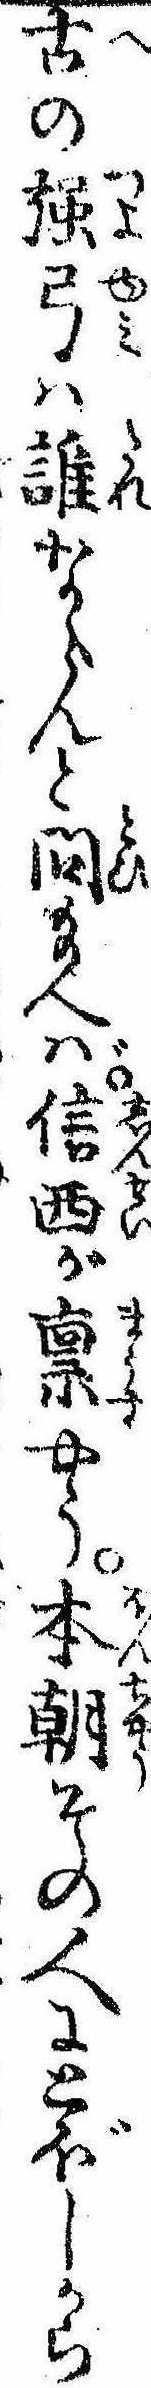
古の強弓は誰ならんと問給へば信西が禀やう本朝その人にとぼしから